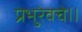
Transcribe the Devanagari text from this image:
प्रभुरेवचे।।